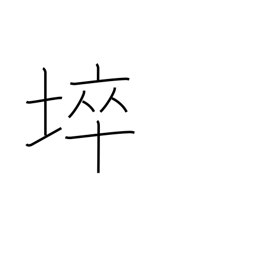
Meaning: barren land